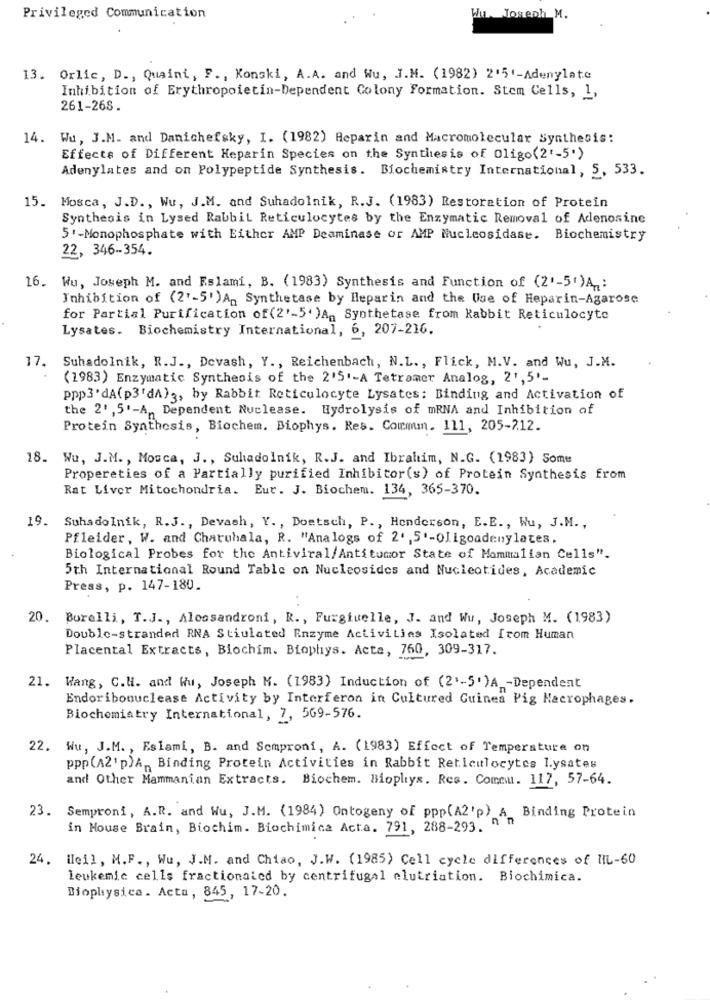
Privileged Communication
Hu Joseph M.
13. Orlic, D ., Quaint, F ., Konski, A.A. and Wu, J.M. (1982) 2'5'-Adenylate
Inhibition of Erythropoietin-Dependent Colony Formation. Stem Cells, 1,
261-268.
14. Wu, J.M. and Danichefsky, I. (1982) Heparin and Macromolecular Synthesis:
Effects of Different Heparin Species on the Synthesis of Oligo(2'-5')
Adenylates and on Polypeptide Synthesis. Biochemistry International, 5, 533.
15. Mosca, J.D ., Wu, J.M. and Suhadolnik, R.J. (1983) Restoration of Protein
Synthesis in Lysed Rabbit Reticulocytes by the Enzymatic Removal of Adenosine
5'-Monophosphate with Either AMP Deaminase or AMP Nucleosidase. Biochemistry
22, 346-354.
16. Wu, Joseph M. and Eslami, B. (1983) Synthesis and Function of (2'-5')A1:
Inhibition of (2'-5' )An Synthetase by Heparin and the Use of Heparin-Agarose
for Partial Purification of (2'-5' )An Synthetase from Rabbit Reticulocyto
Lysates. Biochemistry International, 6, 207-216.
17. Suhadolnik, R.J ., Devash, Y ., Reichenbach, N.L ., Flick, M.V. and Wu, J.M.
(1983) Enzymatic Synthesis of the 2'5'-A Tetramer Analog, 21,5'-
ppp3'dA(p3'dA) ;, by Rabbit Reticulocyte Lysates: Binding and Activation of
the 2' , 5'-A ,, Dependent Nuclease. Hydrolysis of mRNA and Inhibition of
Protein Synthesis, Biochem. Biophys. Res. Commum. 111, 205-212.
18. Wu, J.M. , Mosca, J ., Suhadolnik, R.J. and Ibrahim, N.G. (1983) Some
Properties of a Partially purified Inhibitor(s) of Protein Synthesis from
Rat Liver Mitochondria. Eur. J. Biochem. 134, 365-370.
19. SuhadoInik, R.J ., Devash, Y. , Doetsch, P. , Henderson, E. E ., Wu, J.M .,
Pfleider, W. and Chatuhala, R. "Analogs of 2',5'-Oligoadenylates.
Biological Probes for the Antiviral/Antitumor State of Mammalian Cells".
5th International Round Table on Nucleosides and Nucleotides, Academic
Press, p. 147-180.
20. Borelli, T.J ., Alessandroni, R ., Furgiuelle, J. and Wu, Joseph M. (1983)
Double-stranded RNA Stiulated Enzyme Activities Isolated from Human
Placental Extracts, Biochim. Biophys. Acta, 760, 309-317.
21. Wang, C.H. and Wu, Joseph M. (1983) Induction of (2'-5' )A -Dependent
Endoribonuclease Activity by Interferon in Cultured Guinea Pig Macrophages.
Biochemistry International, 7, 569-576.
22. Wu, J.M. , Eslami, B. and Semproni, A. (1983) Effect of Temperature on
ppp(A2'p)A ,, Binding Protein Activities in Rabbit Reticulocytes lysates
and Other Mammanian Extracts. Biochem. Biophys. Res. Comemu. 117, 57-64.
23. Semproni, A.R. and Wu, J.M. (1984) Ontogeny of ppp(A2'p) A Binding Protein
in House Brain, Biochim. Biochimica Acta. 791, 288-293. "
24. Hleil, M.F ., Wu, J.M. and Chiao, J.W. (1985) Cell cycle differences of IL-60
leukemic cells fractionaied by centrifugal elutriation. Biochimica.
Biophysics. Acta, 845, 17-20.